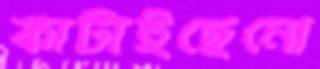
কাটাইছেনো